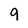
Character: 9